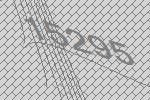
15295